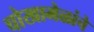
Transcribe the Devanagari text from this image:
चोखामेळांचे